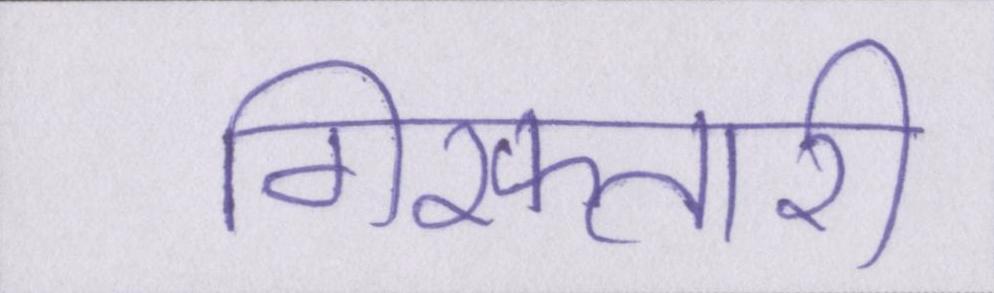
गिरफ्तारी